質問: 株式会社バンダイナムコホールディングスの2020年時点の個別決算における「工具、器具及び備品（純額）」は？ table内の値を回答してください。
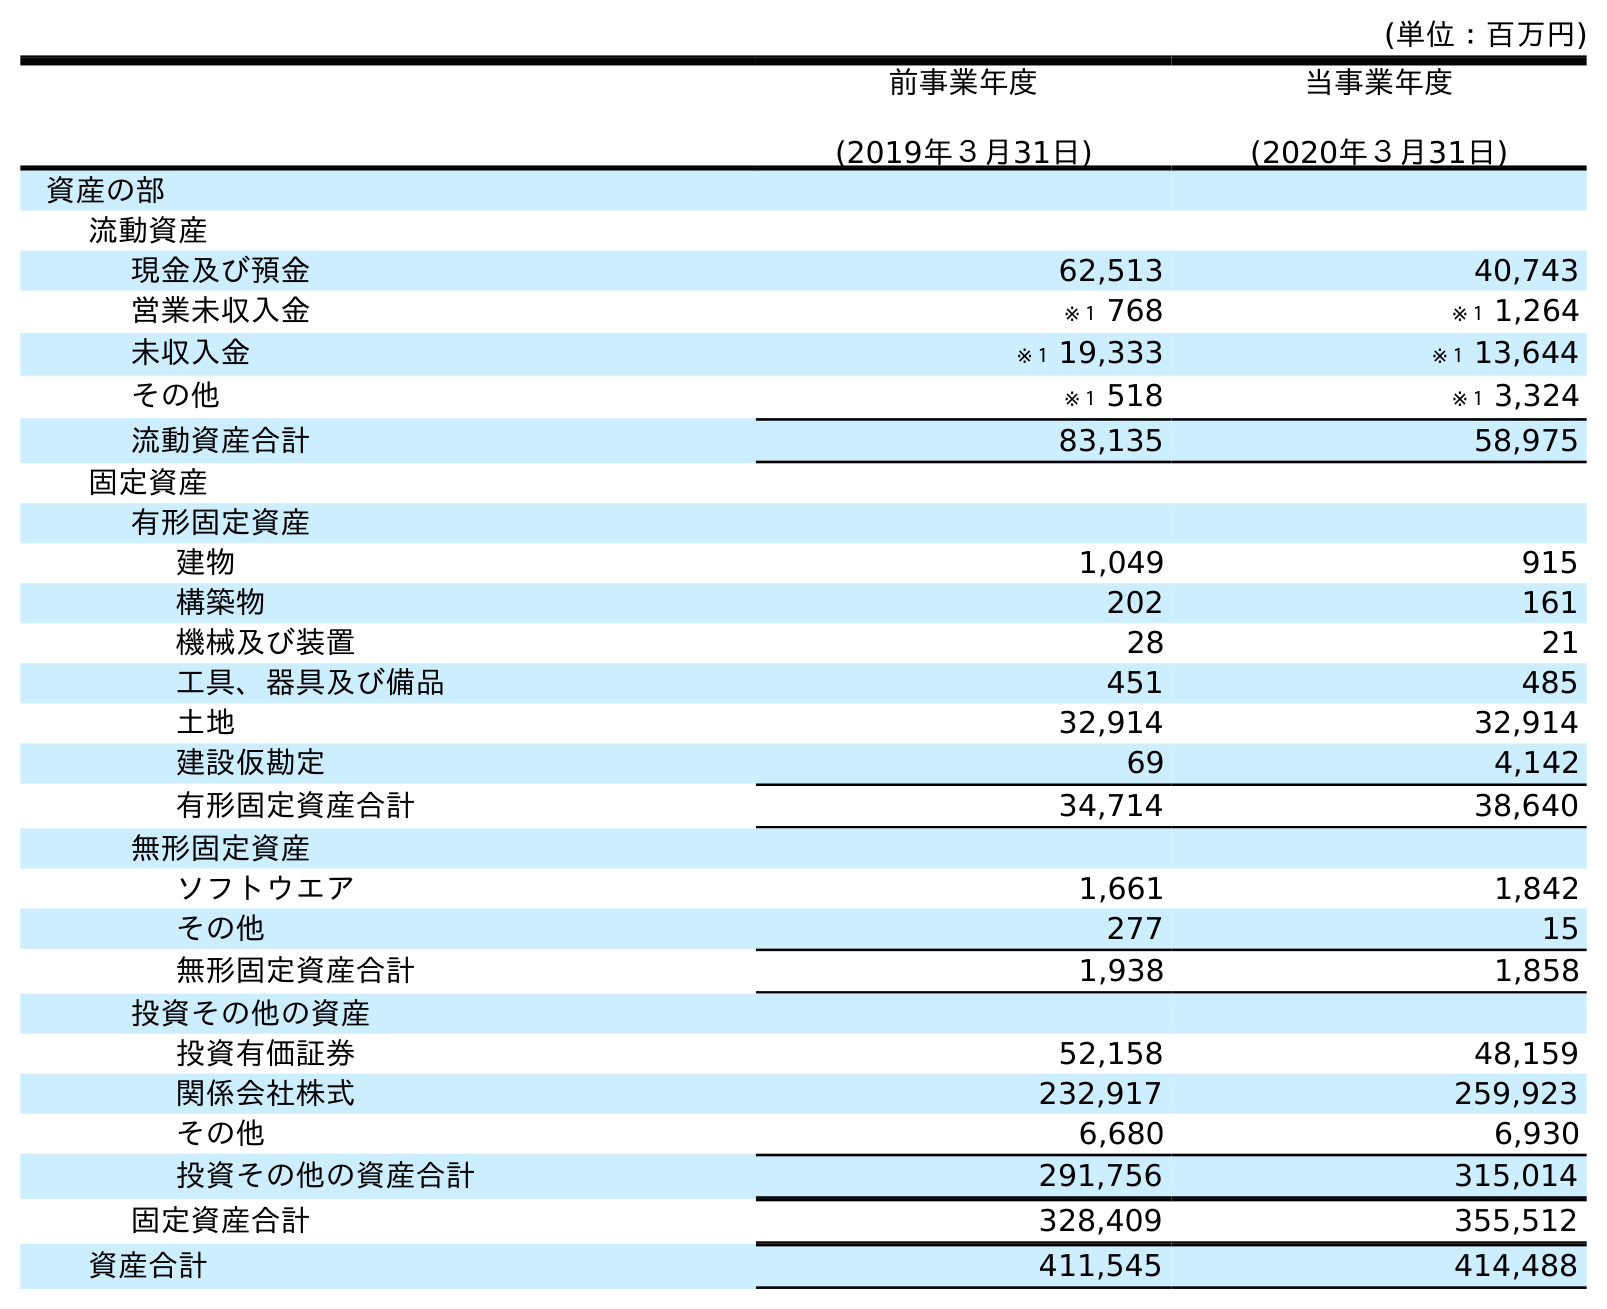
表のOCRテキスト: (単位：百万円) 前事業年度 (2019年３月31日) 当事業年度 (2020年３月31日) 資産の部 流動資産 現金及び預金 62,513 40,743 営業未収入金 ※１ 768 ※１ 1,264 未収入金 ※１ 19,333 ※１ 13,644 その他 ※１ 518 ※１ 3,324 流動資産合計 83,135 58,975 固定資産 有形固定資産 建物 1,049 915 構築物 202 161 機械及び装置 28 21 工具、器具及び備品 451 485 土地 32,914 32,914 建設仮勘定 69 4,142 有形固定資産合計 34,714 38,640 無形固定資産 ソフトウエア 1,661 1,842 その他 277 15 無形固定資産合計 1,938 1,858 投資その他の資産 投資有価証券 52,158 48,159 関係会社株式 232,917 259,923 その他 6,680 6,930 投資その他の資産合計 291,756 315,014 固定資産合計 328,409 355,512 資産合計 411,545 414,488
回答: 485